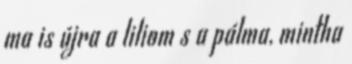
ma is újra a liliom s a pálma, mintha